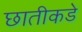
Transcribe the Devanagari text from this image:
छातीकडे